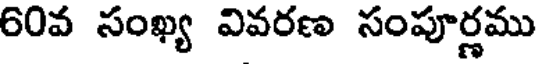
60వ సంఖ్య వివరణ సంపూర్ణము